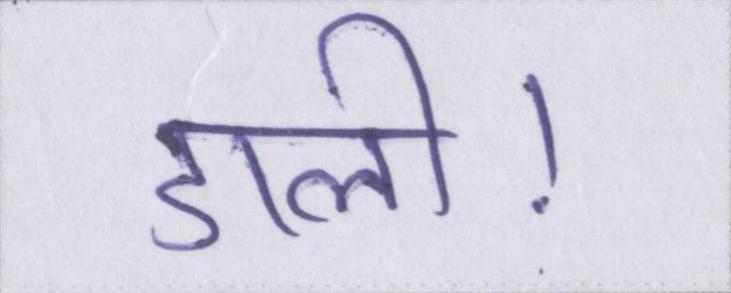
डाली।